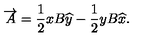
\overrightarrow { A } = \frac { 1 } { 2 } x B \widehat { y } - \frac { 1 } { 2 } y B \widehat { x } .